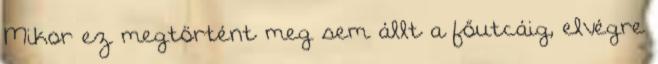
Mikor ez megtörtént meg sem állt a főutcáig, elvégre